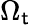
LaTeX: \Omega_{\mathsf{t}}